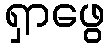
ရှာဖွေ